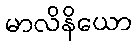
မာလိနိယော